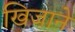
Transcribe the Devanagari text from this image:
खिजाने